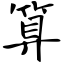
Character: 算